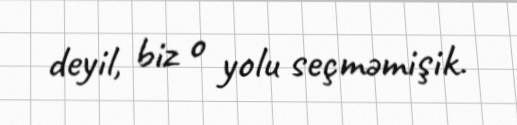
deyil, biz o yolu seçməmişik.